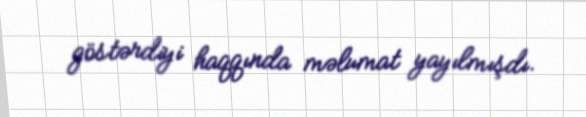
göstərdiyi haqqında məlumat yayılmışdı.